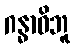
ဂန္ဓာဓိဘူ